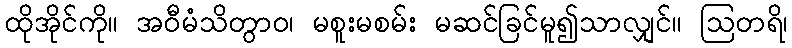
ထိုအိုင်ကို။ အဝီမံသိတွာဝ၊ မစူးမစမ်း မဆင်ခြင်မူ၍သာလျှင်။ ဩတရိ၊